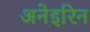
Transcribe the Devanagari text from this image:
अनेइरिन